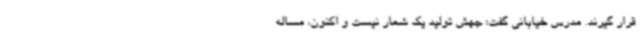
قرار گیرند. مدرس خیابانی گفت: جهش تولید یک شعار نیست و اکنون، مساله